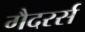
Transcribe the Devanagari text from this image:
गैदरर्स